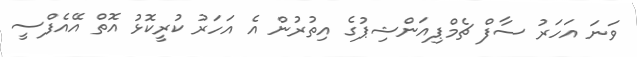
ވަނަ އަހަރު ސާފް ޗެމްޕިއަންޝިޕުގެ އިތުރުން އެ އަހަރު ކުރީކޮޅު އޮތް އޭއެފްސީ